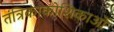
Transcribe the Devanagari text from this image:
तंत्रिकाकोशिकाओं